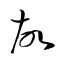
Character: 故